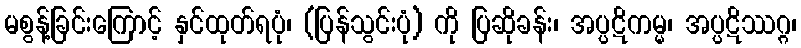
မစွန့်ခြင်းကြောင့် နှင်ထုတ်ရပုံ၊ (ပြန်သွင်းပုံ) ကို ပြဆိုခန်း၊ အပ္ပဋိကမ္မ၊ အပ္ပဋိဿဂ္ဂ၊